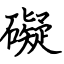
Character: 礙